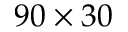
9 0 \times 3 0